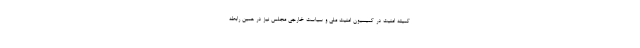
کمیته امنیت در کمیسیون امنیت ملی و سیاست خارجی مجلس نیز در همین رابطه